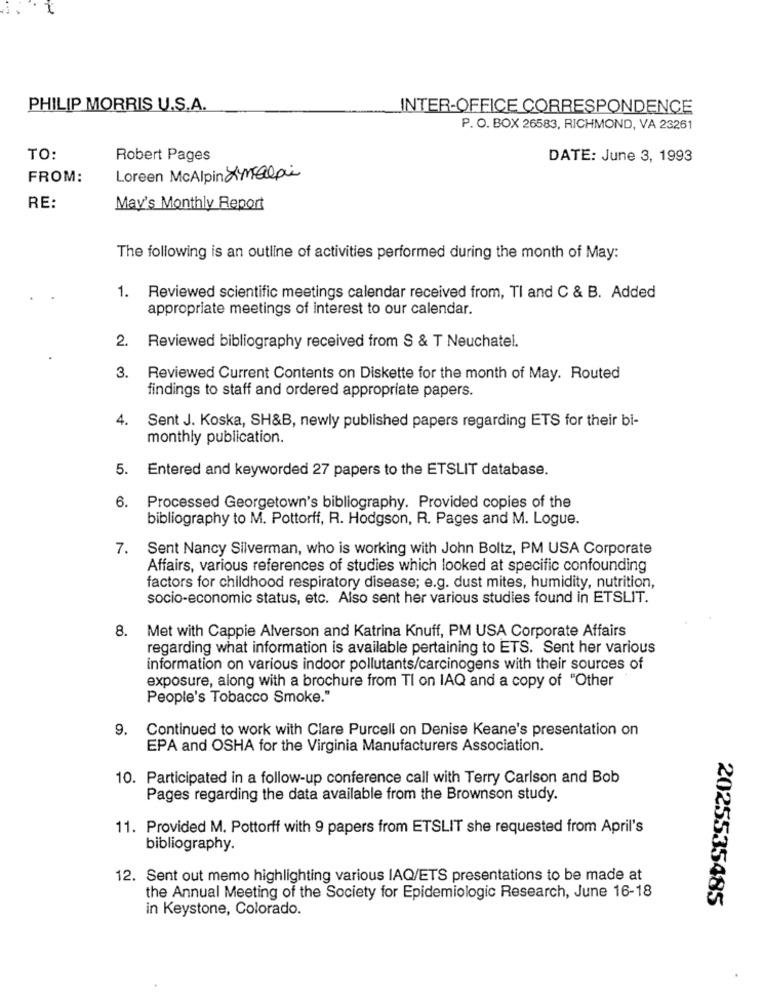
PHILIP MORRIS U.S.A.
INTER-OFFICE CORRESPONDENCE
P. O. BOX 26583, RICHMOND, VA 23261
TO:
Robert Pages
DATE: June 3, 1993
FROM:
Loreen McAlpin Limalai
RE:
May's Monthly Report
The following is an outline of activities performed during the month of May:
1. Reviewed scientific meetings calendar received from, TI and C & B. Added
appropriate meetings of interest to our calendar.
2.
Reviewed bibliography received from S & T Neuchatel.
3.
Reviewed Current Contents on Diskette for the month of May. Routed
findings to staff and ordered appropriate papers.
4.
Sent J. Koska, SH&B, newly published papers regarding ETS for their bi-
monthly publication.
5. Entered and keyworded 27 papers to the ETSLIT database.
6.
Processed Georgetown's bibliography. Provided copies of the
bibliography to M. Pottorff, R. Hodgson, R. Pages and M. Logue.
7.
Sent Nancy Silverman, who is working with John Boltz, PM USA Corporate
Affairs, various references of studies which looked at specific confounding
factors for childhood respiratory disease; e.g. dust mites, humidity, nutrition,
socio-economic status, etc. Also sent her various studies found in ETSLIT.
Met with Cappie Alverson and Katrina Knuff, PM USA Corporate Affairs
8.
regarding what information is available pertaining to ETS. Sent her various
information on various indoor pollutants/carcinogens with their sources of
exposure, along with a brochure from Tl on IAQ and a copy of "Other
People's Tobacco Smoke."
9. Continued to work with Clare Purcell on Denise Keane's presentation on
EPA and OSHA for the Virginia Manufacturers Association.
10. Participated in a follow-up conference call with Terry Carlson and Bob
Pages regarding the data available from the Brownson study.
11. Provided M. Pottorff with 9 papers from ETSLIT she requested from April's
bibliography.
12. Sent out memo highlighting various IAQ/ETS presentations to be made at
the Annual Meeting of the Society for Epidemiologic Research, June 16-18
2025535485
in Keystone, Colorado.